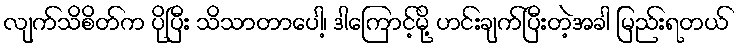
လျက်သိစိတ်က ပိုပြီး သိသာတာပေါ့၊ ဒါကြောင့်မို့ ဟင်းချက်ပြီးတဲ့အခါ မြည်းရတယ်